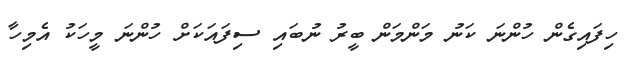
ހިފައިގެން ހުންނަ ކަނު މަންމަން ބީރު ނުބައި ސިފައަކަށް ހުންނަ މީހަކު އެމިހާ